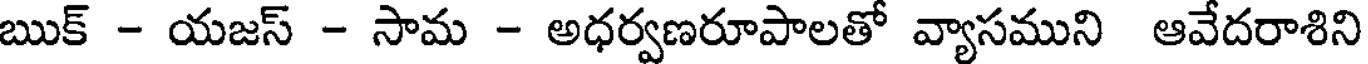
ఋక్ - యజస్ - సామ - అధర్వణరూపాలతో వ్యాసముని ఆవేదరాశిని